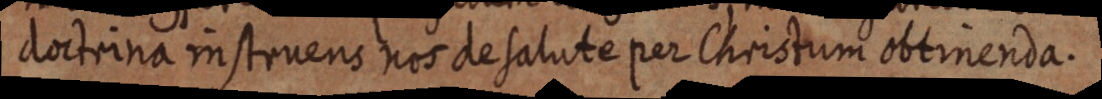
doctrina instruens nos de salute per Christum obtinenda.